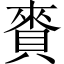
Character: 賚